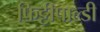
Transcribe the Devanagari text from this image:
फिट्टीपाल्डी